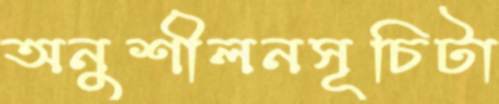
অনুশীলনসূচিটা